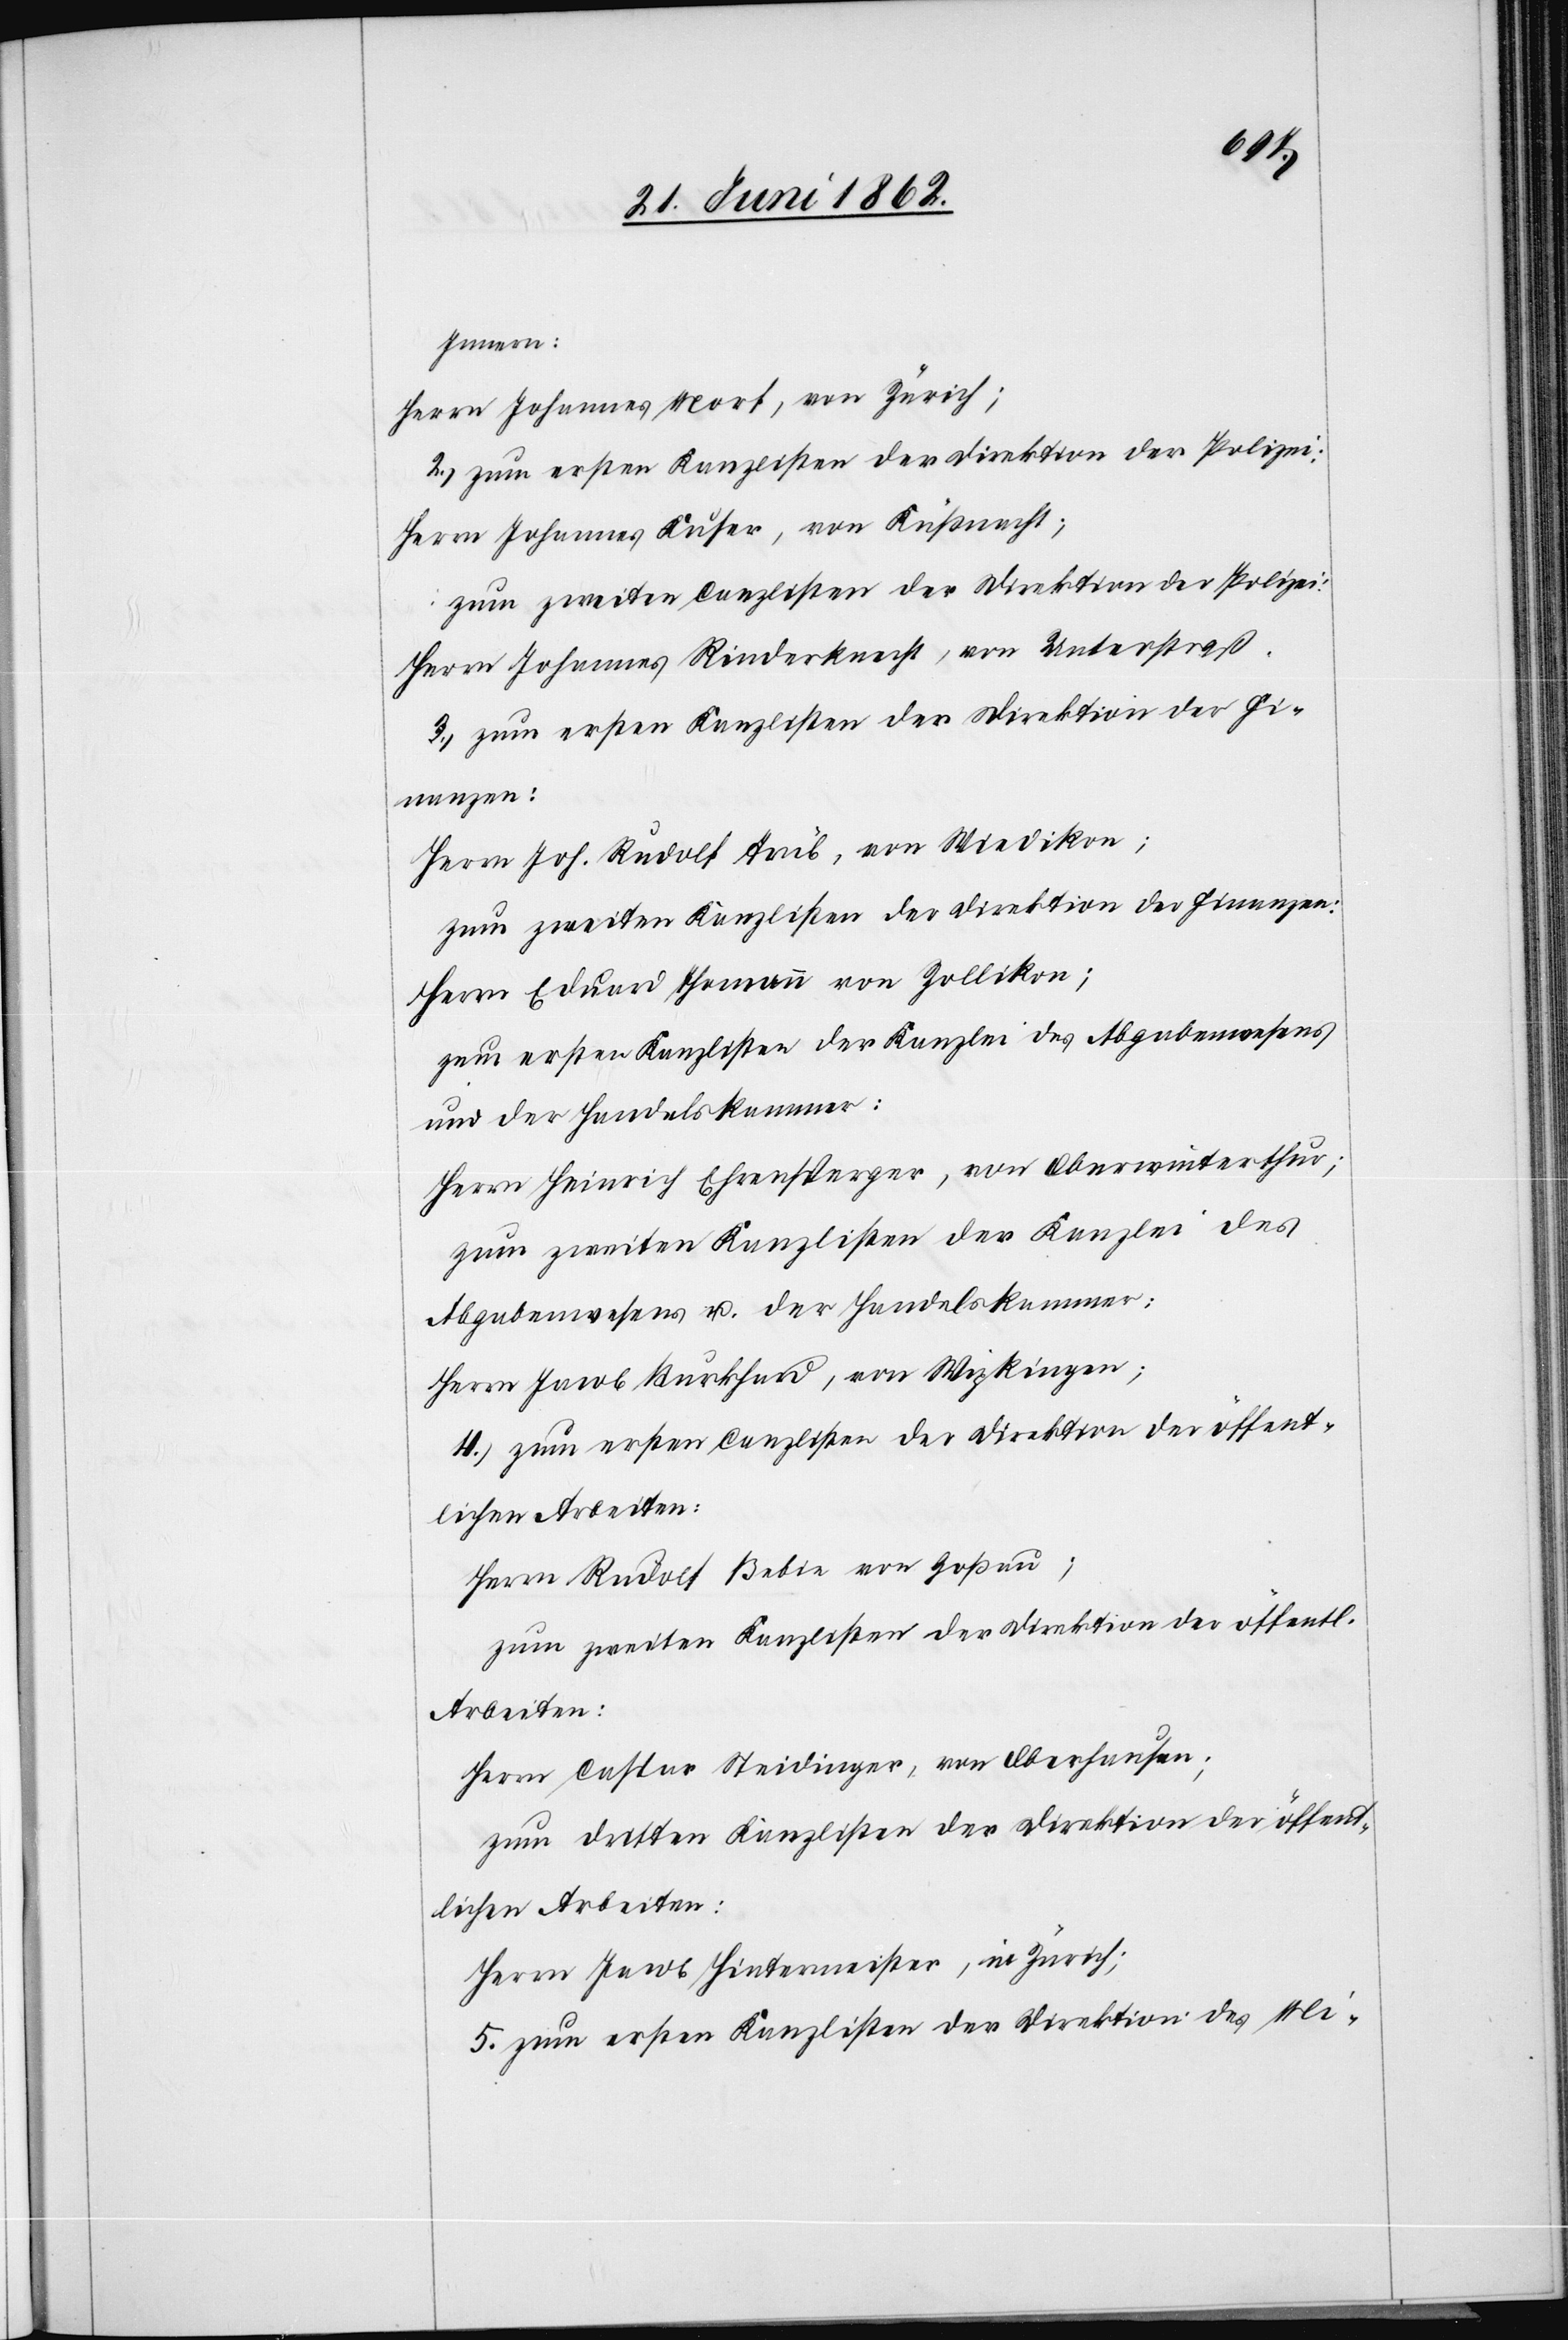
Innern:
Herrn Johannes Morf, von Zürich;
2) zum ersten Kanzlisten der Direktion der Polizei:
Herrn Johannes Kufer, von Küßnacht;
zum zweiten Canzlisten der Direktion der Polizei:
Herrn Johannes Rinderknecht, von Unterstraß.
3) zum ersten Kanzlisten der Direktion der Fi¬
nanzen:
Herrn Joh. Rudolf Trüb, von Wiedikon;
zum zweiten Kanzlisten der Direktion der Finanzen:
Herr Eduard Thomann von Zollikon;
zum ersten Kanzlisten der Kanzlei des Abgabenwesens
und der Handelskammer:
Herrn Heinrich Ehrensperger, von Oberwinterthur;
zum zweiten Kanzlisten der Kanzlei des
Abgabenwesens u. der Handelskammer:
Herrn Jacob Burkhard, von Wipkingen;
4) zum ersten Canzlisten der Direktion der öffent¬
Herrn Rudolf Bebie von Goßau;
zum zweiten Kanzlisten der Direktion der öffentl.
Arbeiten:
Herrn Caspar Steidinger, von Oberhausen;
zum dritten Kanzlisten der Direktion der öffent¬
lichen Arbeiten:
Herrn Jacob Hintermeister, in Zürich;
5. zum ersten Kanzlisten der Direktion des Mi-